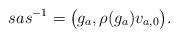
LaTeX: \begin{align*} sas^{-1}=\big(g_a,\rho(g_a)v_{a,0}\big).\end{align*}